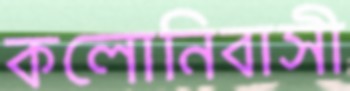
কলোনিবাসী